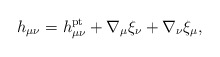
\begin{align*}h_{\mu\nu} = h_{\mu\nu}^{\rm pt}+\nabla_{\mu}\xi_{\nu}+\nabla_{\nu}\xi_{\mu},\end{align*}